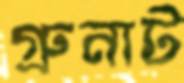
গ্রুনাট